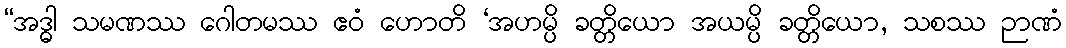
“အဒ္ဓါ သမဏဿ ဂေါတမဿ ဧဝံ ဟောတိ ‘အဟမ္ပိ ခတ္တိယော အယမ္ပိ ခတ္တိယော, သစဿ ဉာဏံ